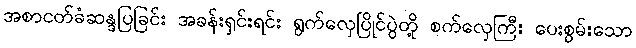
အစာငတ်ခံဆန္ဒပြခြင်း အခန်းရှင်းရင်း ရွက်လှေပြိုင်ပွဲတို့ စက်လှေကြီး ပေးစွမ်းသော